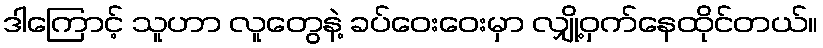
ဒါကြောင့် သူဟာ လူတွေနဲ့ ခပ်ဝေးဝေးမှာ လျှို့ဝှက်နေထိုင်တယ်။